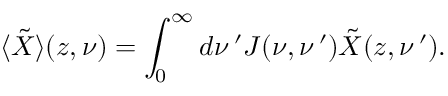
\langle \tilde { X } \rangle ( z , \nu ) = \int _ { 0 } ^ { \infty } d \nu \, ^ { \prime } J ( \nu , \nu \, ^ { \prime } ) \tilde { X } ( z , \nu \, ^ { \prime } ) .